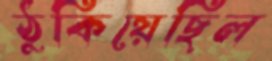
ঠুকিয়েছিল